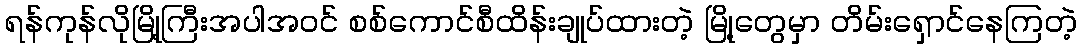
ရန်ကုန်လိုမြို့ကြီးအပါအဝင် စစ်ကောင်စီထိန်းချုပ်ထားတဲ့ မြို့တွေမှာ တိမ်းရှောင်နေကြတဲ့